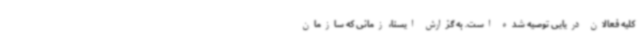
کلیه فعالان دریایی توصیه شده است. به گزارش ایسنا، زمانی که سازمان